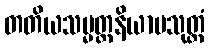
တတိယသမ္မတ္တနိယာမသုတ္တံ